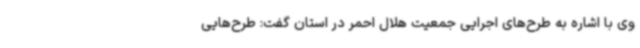
وی با اشاره به طرح‌های اجرایی جمعیت هلال احمر در استان گفت: طرح‌هایی